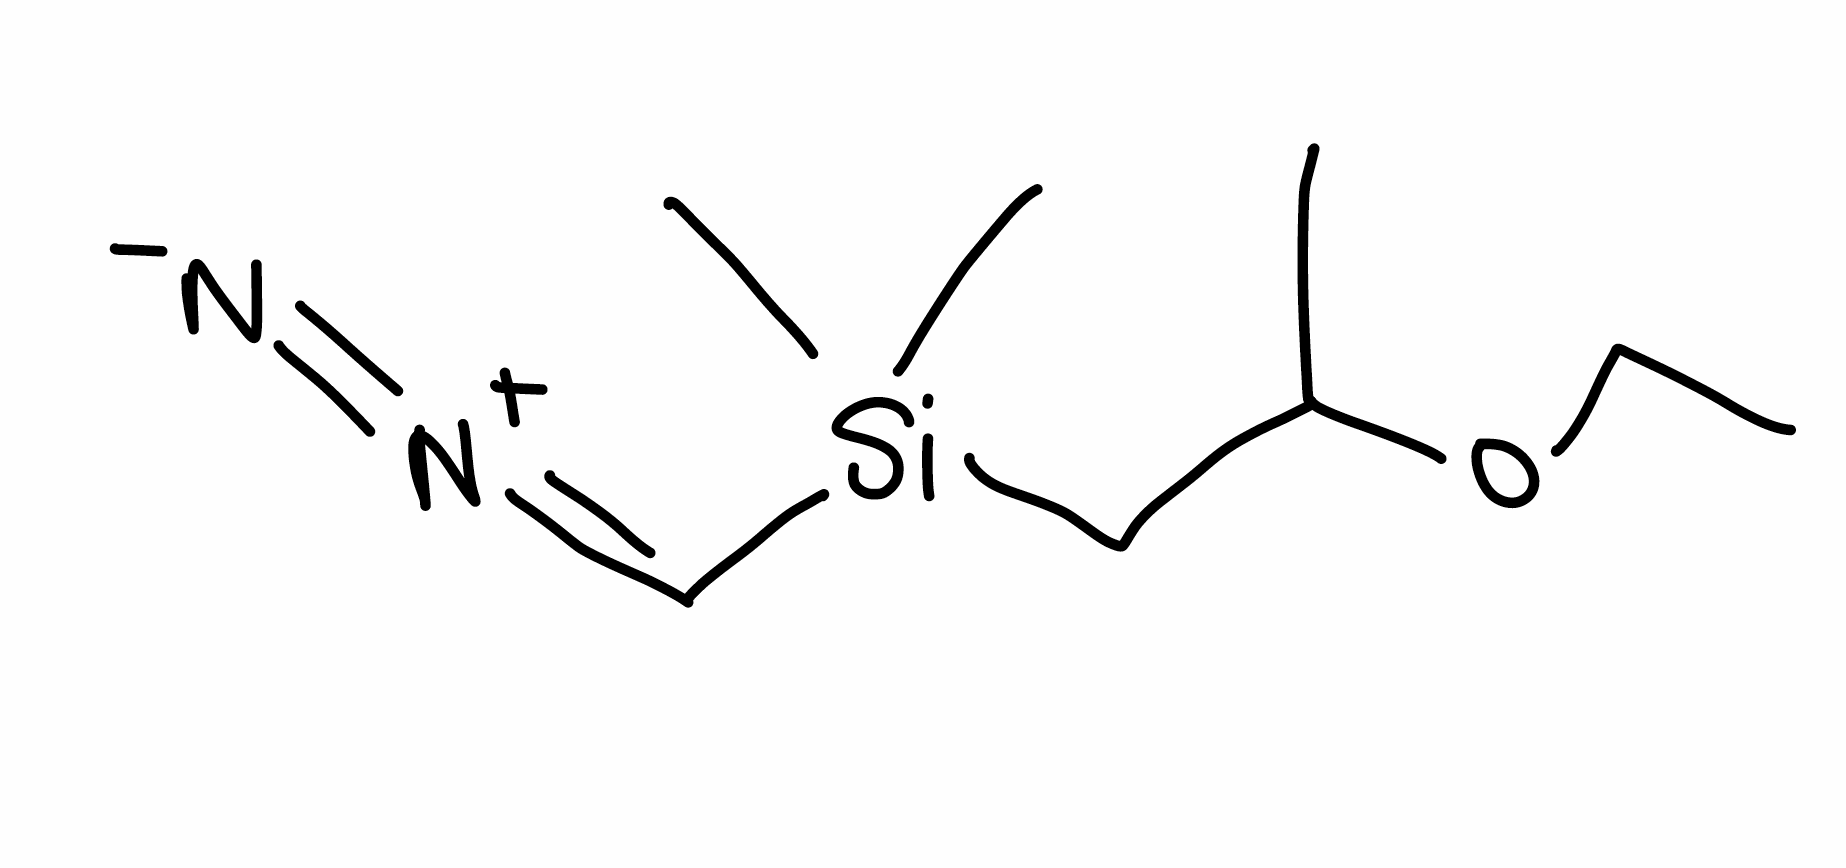
Simplified molecular-input line-entry system (SMILES) notation of the given molecule:
CCOC(C)C[Si](C)(C)C=[N+]=[N-]